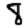
Digit: 8